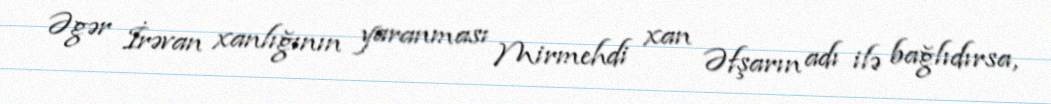
Əgər İrəvan xanlığının yaranması Mirmehdi xan Əfşarın adı ilə bağlıdırsa,